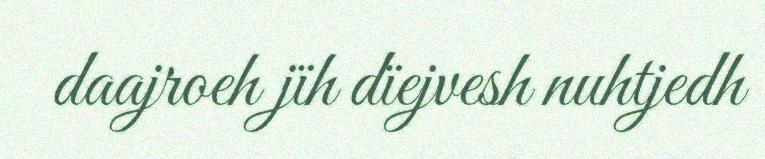
daajroeh jïh dïejvesh nuhtjedh